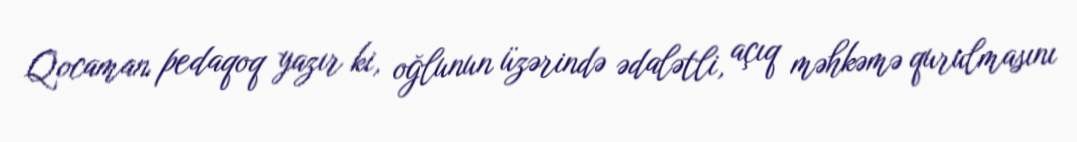
Qocaman pedaqoq yazır ki, oğlunun üzərində ədalətli, açıq məhkəmə qurulmasını